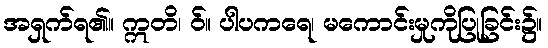
အရှက်ရ၏။ ဣတိ၊ ဝ်။ ပါပကရေ၊ မကောင်းမှုကိုပြုခြင်း၌။